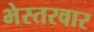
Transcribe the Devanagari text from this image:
भेस्तरवार